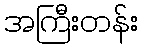
အကြီးတန်း